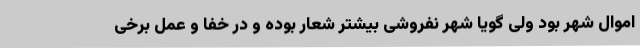
اموال شهر بود ولی گویا شهر نفروشی بیشتر شعار بوده و در خفا و عمل برخی